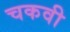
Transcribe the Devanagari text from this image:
चकवी